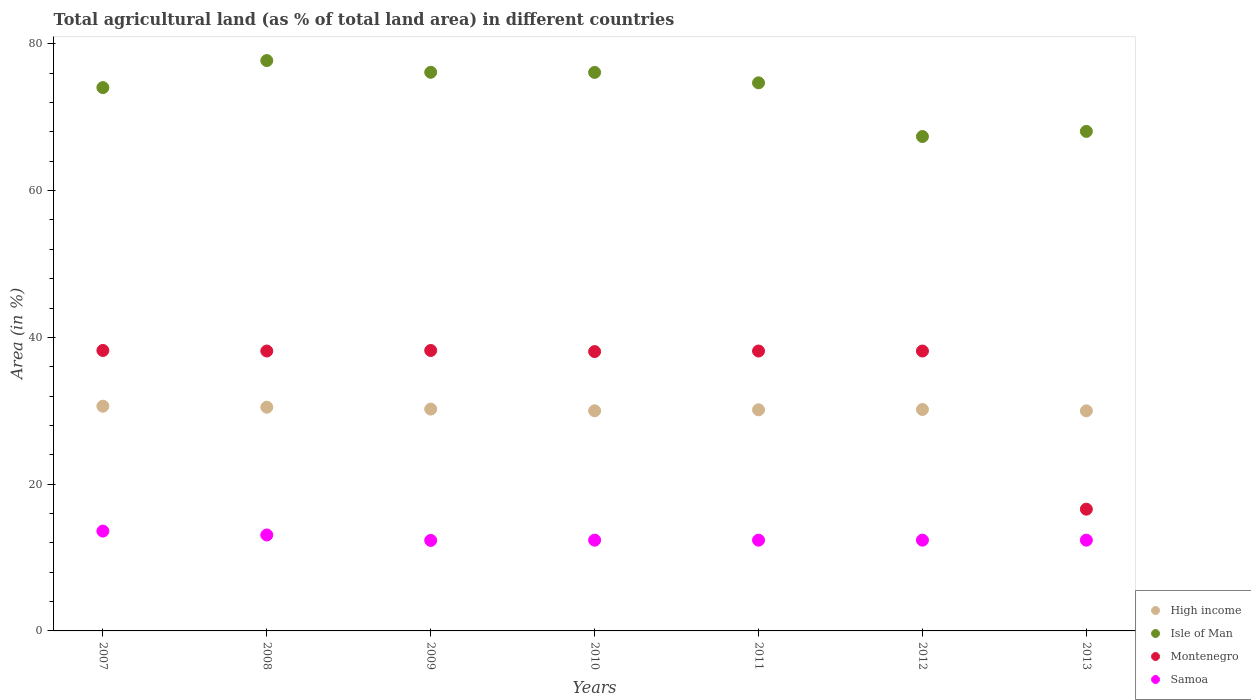
| Years | High income | Isle of Man | Montenegro | Samoa |
 | --- | --- | --- | --- | --- |
 | 2007 | 30.6 | 74 | 38.2 | 13.6 |
 | 2008 | 30.5 | 77.7 | 38.1 | 13.1 |
 | 2009 | 30.2 | 76.1 | 38.2 | 12.3 |
 | 2010 | 30 | 76.1 | 38.1 | 12.4 |
 | 2011 | 30.1 | 74.7 | 38.1 | 12.4 |
 | 2012 | 30.2 | 67.4 | 38.1 | 12.4 |
 | 2013 | 30 | 68.1 | 16.6 | 12.4 |